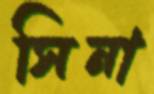
সিনা